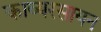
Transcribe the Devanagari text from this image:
काव्यरसायन